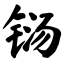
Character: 铴